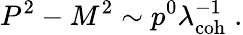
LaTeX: P^{2}-M^{2}\sim p^{0}\lambda_{\mathrm{coh}}^{-1}\; .